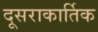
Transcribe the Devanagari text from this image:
दूसराकार्तिक